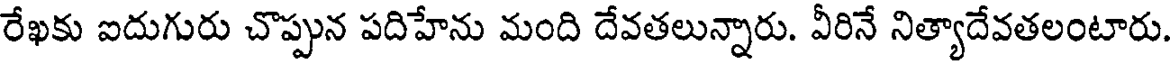
రేఖకు ఐదుగురు చొప్పున పదిహేను మంది దేవతలున్నారు. వీరినే నిత్యాదేవతలంటారు.